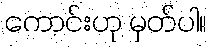
ကောင်းဟု မှတ်ပါ။